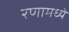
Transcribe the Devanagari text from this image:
रणामध्ये